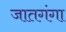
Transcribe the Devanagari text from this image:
जातगंगा